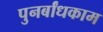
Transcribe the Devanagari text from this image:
पुनर्बांधकाम